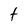
Character: t